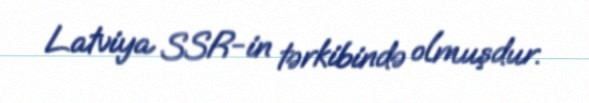
Latviya SSR-in tərkibində olmuşdur.